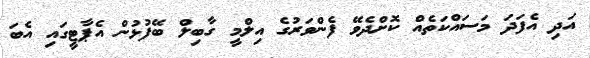
އަދި އެފަދަ މަސައްކަތެއް ކޮށްދެވޭ ފެންވަރުގެ އިލްމީ ގާބިލް ބޭފުޅުން އެޕާޓީގައި އެބަ